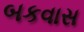
બકવાસ